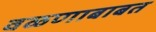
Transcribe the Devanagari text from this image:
वळणाबाबत